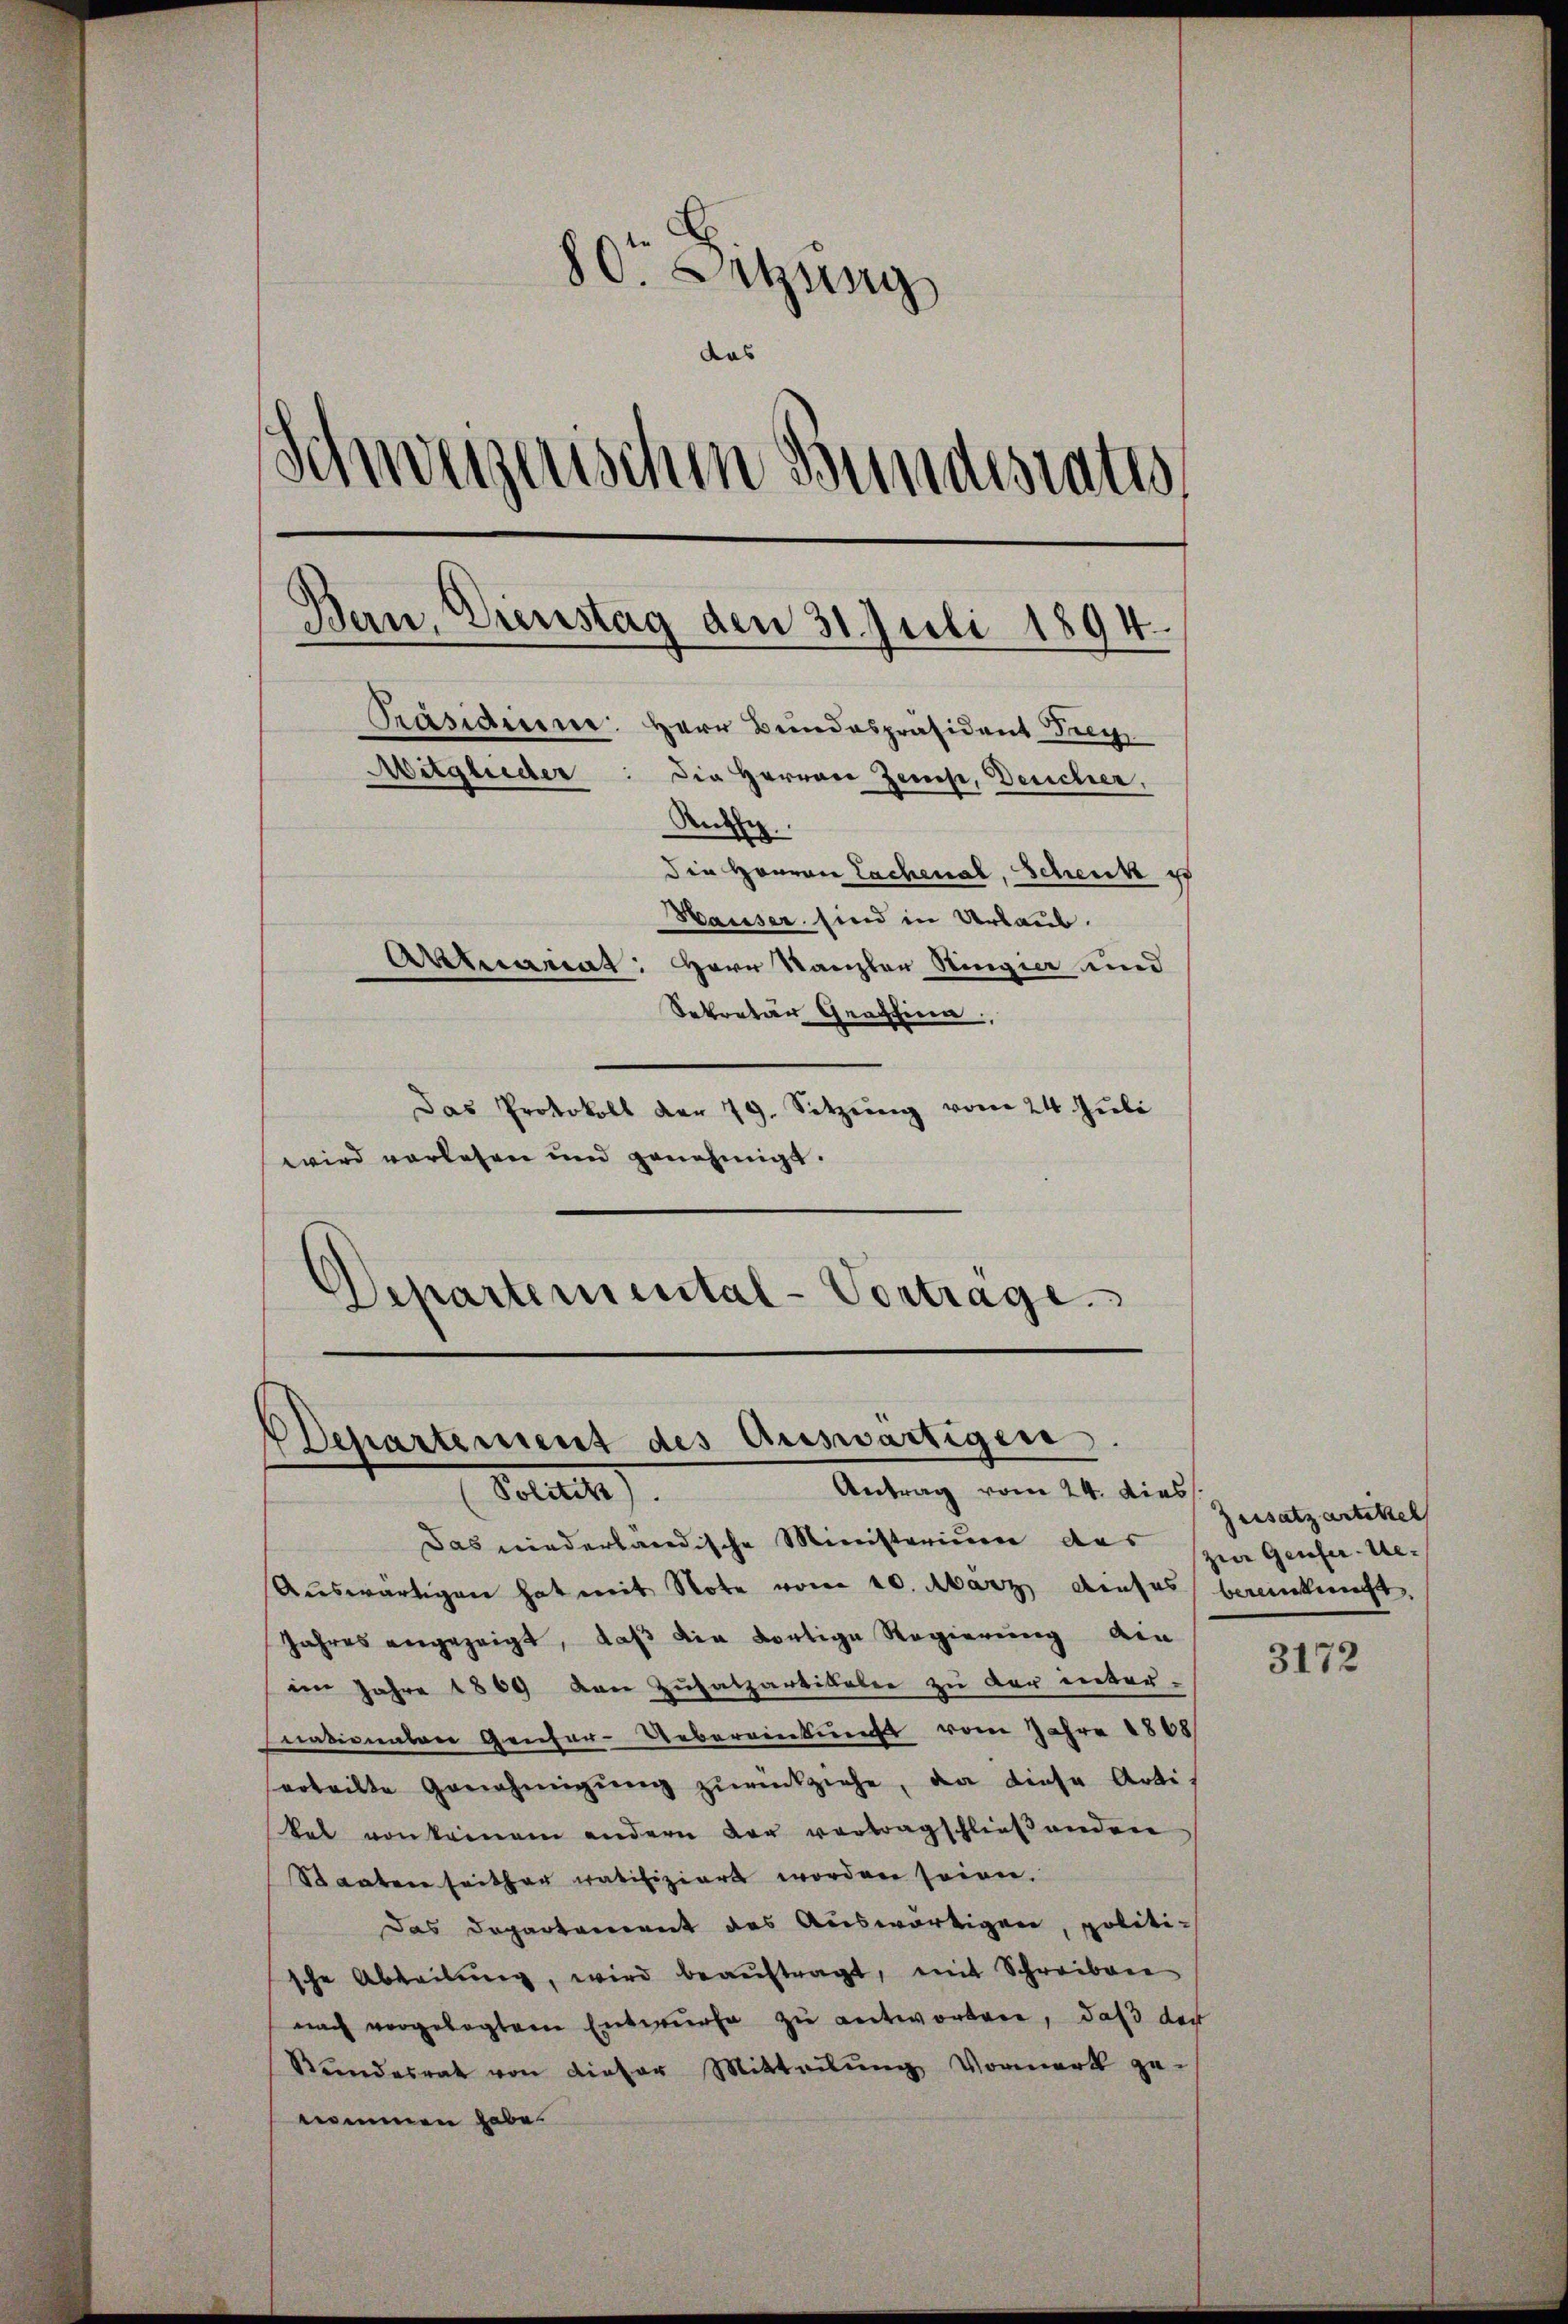
80. Setzung
das
)
derweigenschen Bundestatis
Bau, Dienstag den 31. Juli 1894.
Präsidium. Herr Bundespräsident Frey
Mitglieder: die Herren Zeise, Deucher,
Ruthe
die Herrn Lachenal, Schenk er
Hauser sind in Urlaub.
Aktuariat: Herr Kanzler Ringier und
Sekretär Graschien

Das Protokoll der 79. Setzung vom 24. Juli
wird verlesen und genehmigt.
Departemental-Vortrage.

Das niederländische Ministerium das
Auswärtigen hat mit Note vom 20. März dieses beinkunft,
Jahres angezeigt, daß die dortige Regierung ein
im Jahre 1869 von Zusatzartikalen zu der internationalen Genfer-Uebereinkungs vom Jahre 1868
sorteilte Genehmigŭng zŭrückziehe, da diese Artikat von keinem andern der vertragschließenden
Staaten seither ratifiziert worden seien.
Das Departement des Auswärtigen, politische Abteilŭng, wird beaŭftragt, mit Schreiben
nach vorgelegten Entwurfe zu antwortere, daß der
Rŭndesrat von dieser Mitteilŭng Vormerk ge-
nommen habe.

Departement des Auswärtigen.
Antrag vom 24. dies
Sollte.

Gersatzartitel
zur Genfer-Ae¬

3172